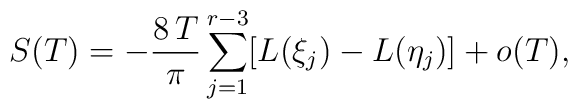
S(T) = -\frac{8\, T}{\pi} \sum_{j=1}^{r-3} [L(\xi_j) - L(\eta_j) ] + o(T),